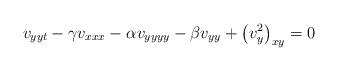
LaTeX: \begin{align*}v_{yyt} -\gamma v_{xxx}-\alpha v_{yyyy}-\beta v_{yy} + \left ( v_y^2 \right )_{xy} = 0 \end{align*}